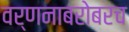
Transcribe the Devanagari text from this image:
वर्णनाबरोबरच